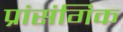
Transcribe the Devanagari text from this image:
प्रांसंगिक